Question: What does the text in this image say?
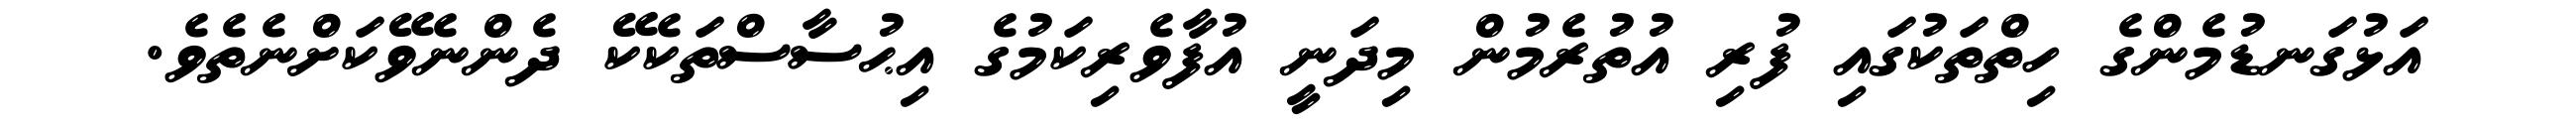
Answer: އަޅުގަނޑުމެންގެ ހިތްތަކުގައި ފުރި އުތުރެމުން މިދަނީ އުފާވެރިކަމުގެ އިޙުސާސްތަކެކޭ ދެންނެވޭކަށްނެތެވެ.